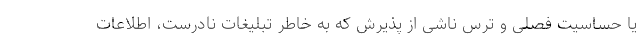
یا حساسیت فصلی و ترس ناشی از پذیرش که به‌ خاطر تبلیغات نادرست، اطلاعات